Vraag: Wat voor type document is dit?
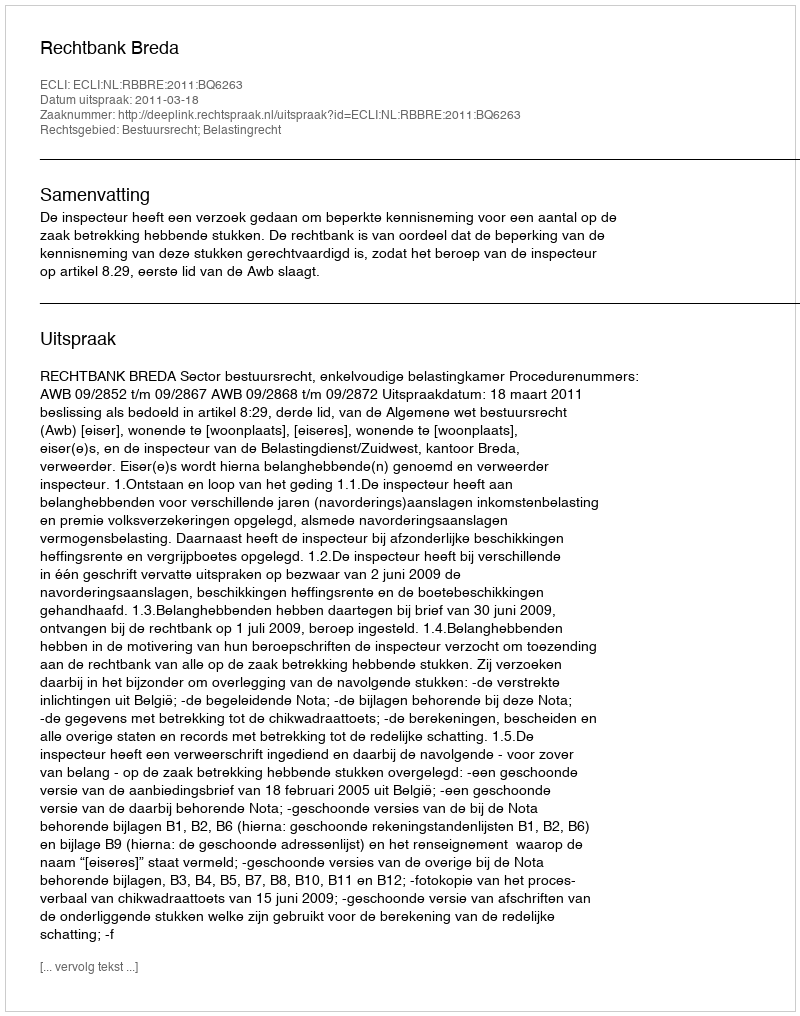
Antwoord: Uitspraak